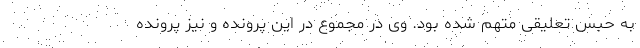
به حبس تعلیقی متهم شده بود. وی در مجموع در این پرونده و نیز پرونده